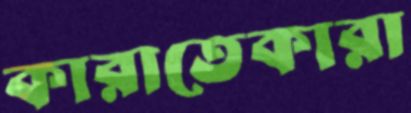
কারাতেকারা